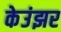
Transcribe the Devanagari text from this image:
केउंझर